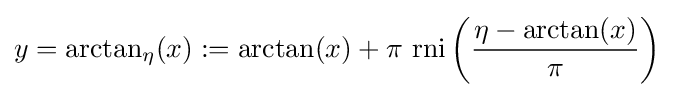
y=\arctan _{\eta }(x):=\arctan(x)+\pi \,\operatorname {rni} \left({\frac {\eta -\arctan(x)}{\pi }}\right)